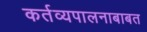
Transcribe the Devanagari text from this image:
कर्तव्यपालनाबाबत